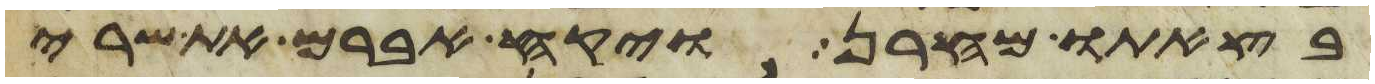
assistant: בצאתו מחרן ויקח אברם את שרי